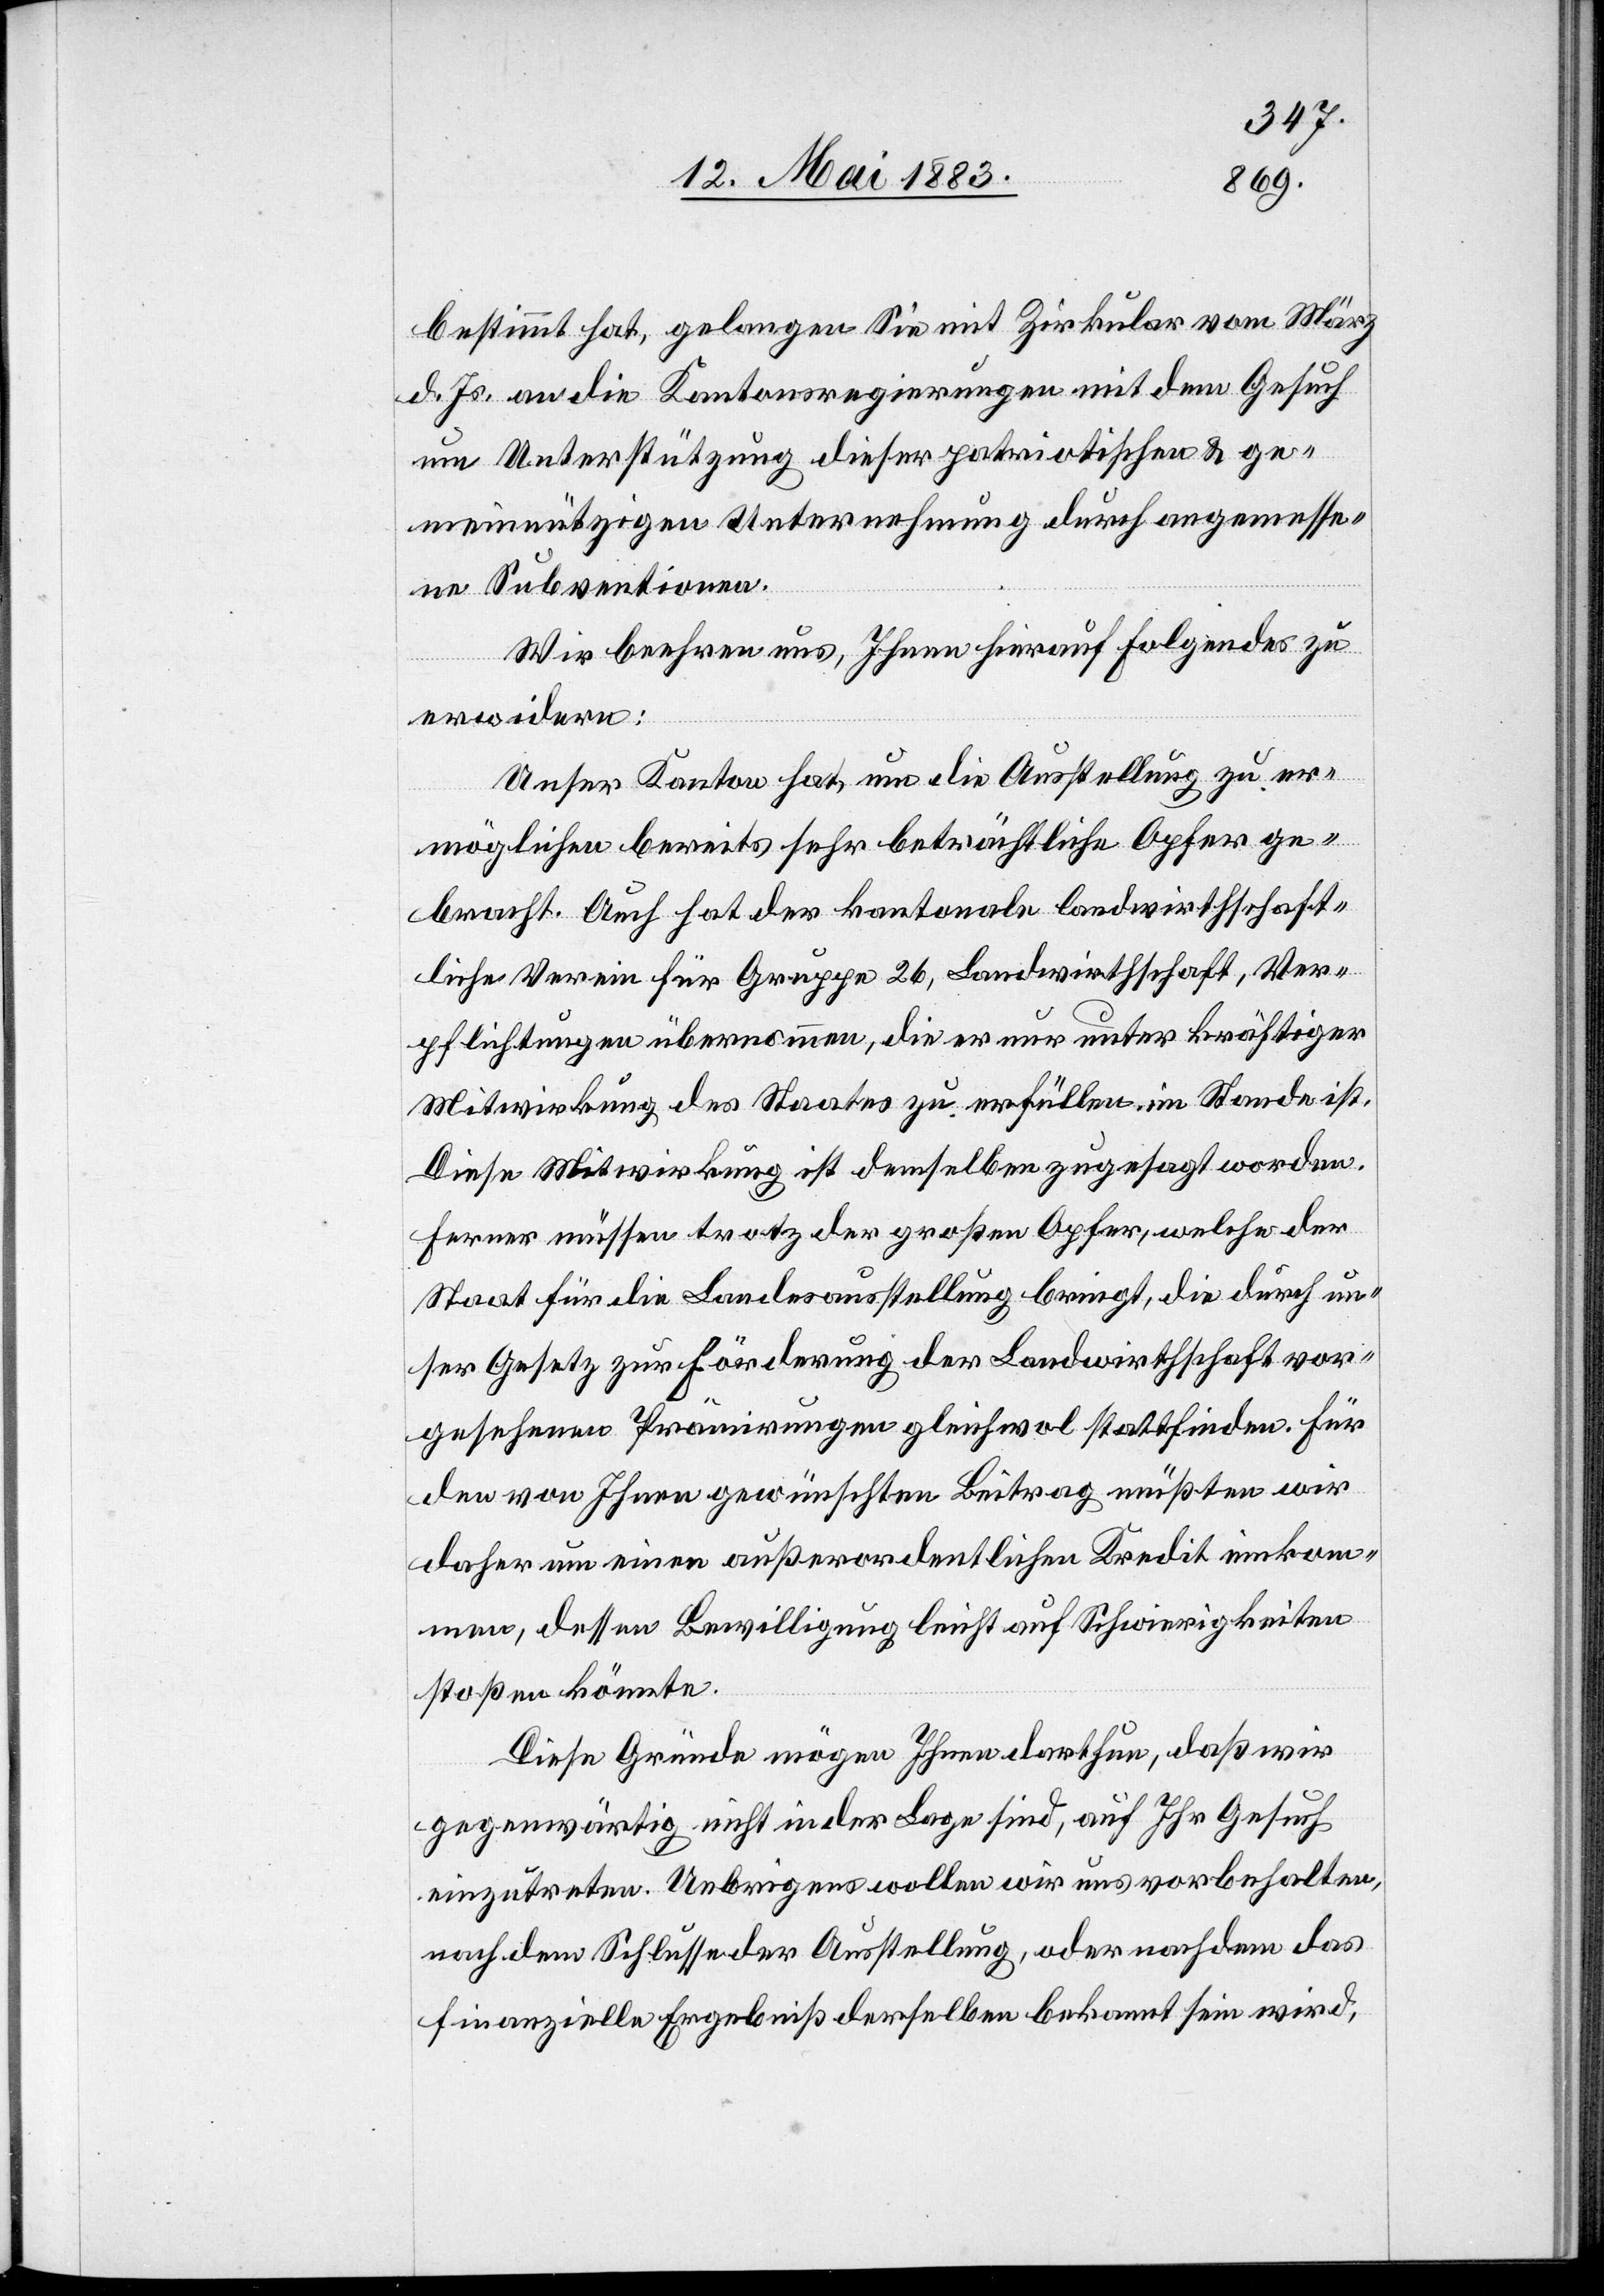
bestimmt hat, gelangen Sie mit Zirkular vom März
d. Js. an die Kantonsregierungen mit dem Gesuch
um Unterstützung dieser patriotischen & ge¬
meinnützigen Unternehmung durch angemesse¬
ne Subventionen.
Wie beehren uns, Ihnen hierauf folgendes zu
erwidern:
Unser Kanton hat, um die Ausstellung zu er¬
möglichen bereits sehr beträchtliche Opfer ge¬
bracht. Auch hat der kantonale landwirthschaft¬
liche Verein für Gruppe 26, Landwirthschaft, Ver¬
pflichtungen übernommen, die er nur unter kräftiger
Mitwirkung des Staates zu erfüllen im Stande ist.
Diese Mitwirkung ist demselben zugesagt worden.
Ferner müssen trotz der großen Opfer, welche dem
Staat für die Landesausstellung bringt, die durch un¬
ser Gesetz zur Förderung der Landwirthschaft vor¬
gesehenen Prämirungen gleichwol stattfinden. Für
den von Ihnen gewünschten Beitrag müßten wir
daher um einen außerordentlichen Kredit einkom¬
men, dessen Bewilligung leicht auf Schwierigkeiten
stoßen könnte.
Diese Gründe mögen Ihnen darthun, daß wir
gegenwärtig nicht in der Lage sind, auf Ihr Gesuch
einzutreten. Uebrigens wollen wir uns vorbehalten,
nach dem Schlusse der Ausstellung, oder nachdem das
finanzielle Ergebniß derselben bekommt sein wird,